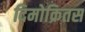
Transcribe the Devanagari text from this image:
दिमोक्रितस